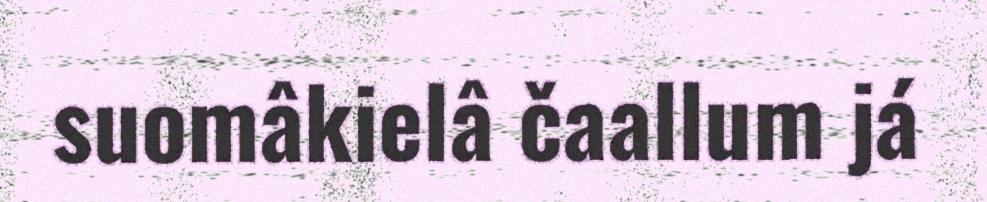
suomâkielâ čaallum já